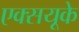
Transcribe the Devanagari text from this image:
एक्सयूके